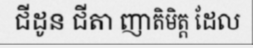
ជីដូន ជីតា ញាតិមិត្ត ដែល